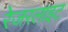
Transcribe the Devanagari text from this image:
रेजरलाइट